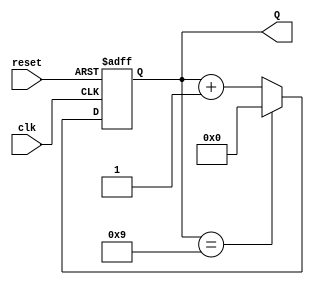
module BCD_Counter (
    input wire clk,          // Clock input
    input wire reset,        // Asynchronous reset
    output reg [3:0] Q       // 4-bit output for BCD value
);

// Always block triggered by the clock and reset
always @(posedge clk or posedge reset) begin
    if (reset) begin
        Q <= 4'b0000;       // Asynchronous reset to 0
    end else begin
        if (Q == 4'b1001) begin // Check if current value is 9 (1001 in binary)
            Q <= 4'b0000;   // Reset to 0 if it is
        end else begin
            Q <= Q + 1;     // Increment the counter
        end
    end
end

endmodule